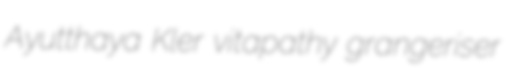
Ayutthaya Kler vitapathy grangeriser